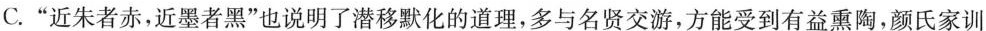
C.”近朱者赤，近墨者黑”也说明了潜移默化的道理，多与名贤交游，方能受到有益熏陶，颜氏家训